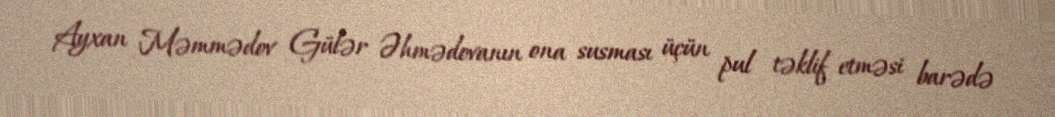
Ayxan Məmmədov Gülər Əhmədovanın ona susması üçün pul təklif etməsi barədə